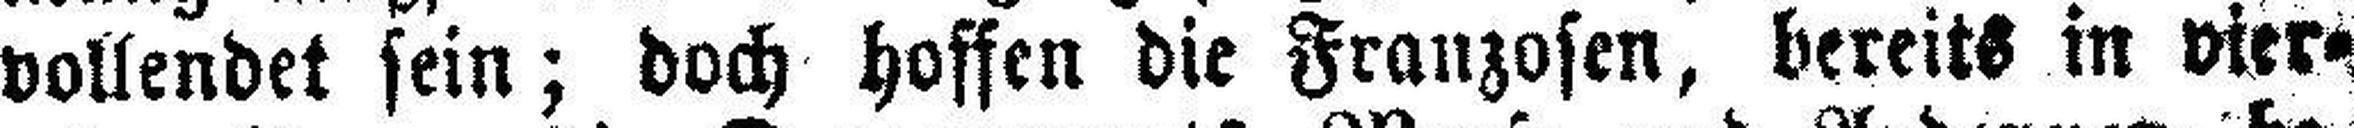
vollendet sein; doch hoffen die Franzosen, bereits in vier¬